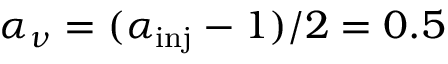
\alpha _ { \nu } = ( \alpha _ { \mathrm { i n j } } - 1 ) / 2 = 0 . 5